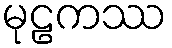
မုဠကဿ